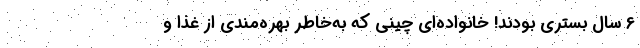
6 سال بستری بودند! خانواده‌ای چینی که به‌خاطر بهره‌مندی از غذا و